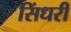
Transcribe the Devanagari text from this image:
सिंधरी